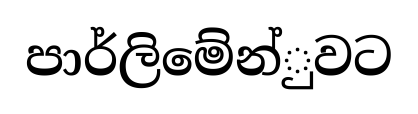
පාර්ලිමේන්ුවට